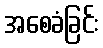
အစေခံခြင်း